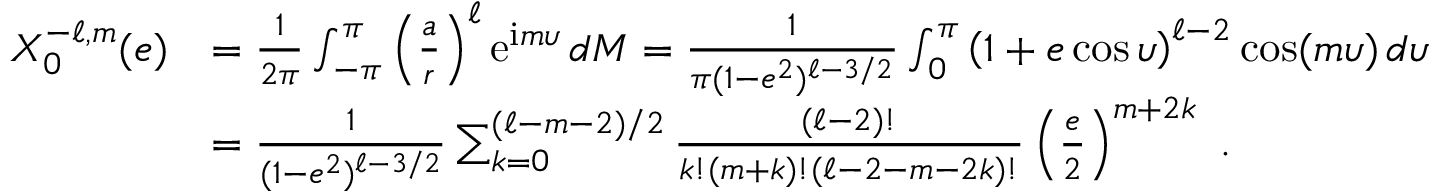
\begin{array} { r l } { X _ { 0 } ^ { - \ell , m } ( e ) } & { = \frac { 1 } { 2 \pi } \int _ { - \pi } ^ { \pi } \left( \frac { a } { r } \right) ^ { \ell } \mathrm { e } ^ { \mathrm { i } m \upsilon } \, d M = \frac { 1 } { \pi ( 1 - e ^ { 2 } ) ^ { \ell - 3 / 2 } } \int _ { 0 } ^ { \pi } \left( 1 + e \cos \upsilon \right) ^ { \ell - 2 } \cos ( m \upsilon ) \, d \upsilon } \\ & { = \frac { 1 } { ( 1 - e ^ { 2 } ) ^ { \ell - 3 / 2 } } \sum _ { k = 0 } ^ { ( \ell - m - 2 ) / 2 } \frac { ( \ell - 2 ) ! } { k ! ( m + k ) ! ( \ell - 2 - m - 2 k ) ! } \left( \frac { e } { 2 } \right) ^ { m + 2 k } \ . } \end{array}